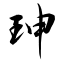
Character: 珅